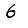
Digit: 6